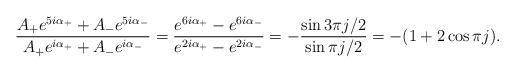
LaTeX: \begin{align*}\frac{A_+ e^{5i\alpha_+} + A_-e^{5i\alpha_-}}{A_+ e^{i\alpha_+} + A_-e^{i\alpha_-}} = \frac{e^{6i\alpha_+} - e^{6i\alpha_-}}{e^{2i\alpha_+}-e^{2i\alpha_-}} = -\frac{\sin 3\pi j/2}{\sin \pi j/2} = -(1 + 2 \cos \pi j).\end{align*}